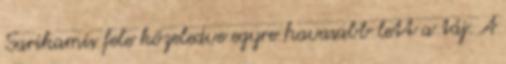
Sarikamis fele közeledve egyre havasabb lett a táj. A